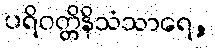
ပရိဝတ္တိနိသံသာရေ,